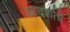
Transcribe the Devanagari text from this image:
आदर्शाचे